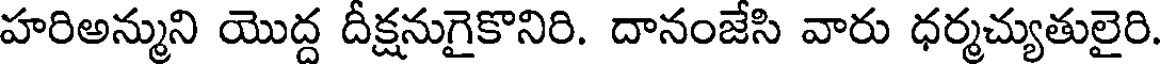
హరిఅన్ముని యొద్ద దీక్షనుగైకొనిరి. దానంజేసి వారు ధర్మచ్యుతులైరి.